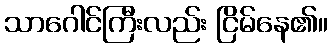
သာဂေါင်ကြီးလည်း ငြိမ်နေ၏။